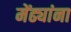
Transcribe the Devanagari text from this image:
मेंढ्यांना